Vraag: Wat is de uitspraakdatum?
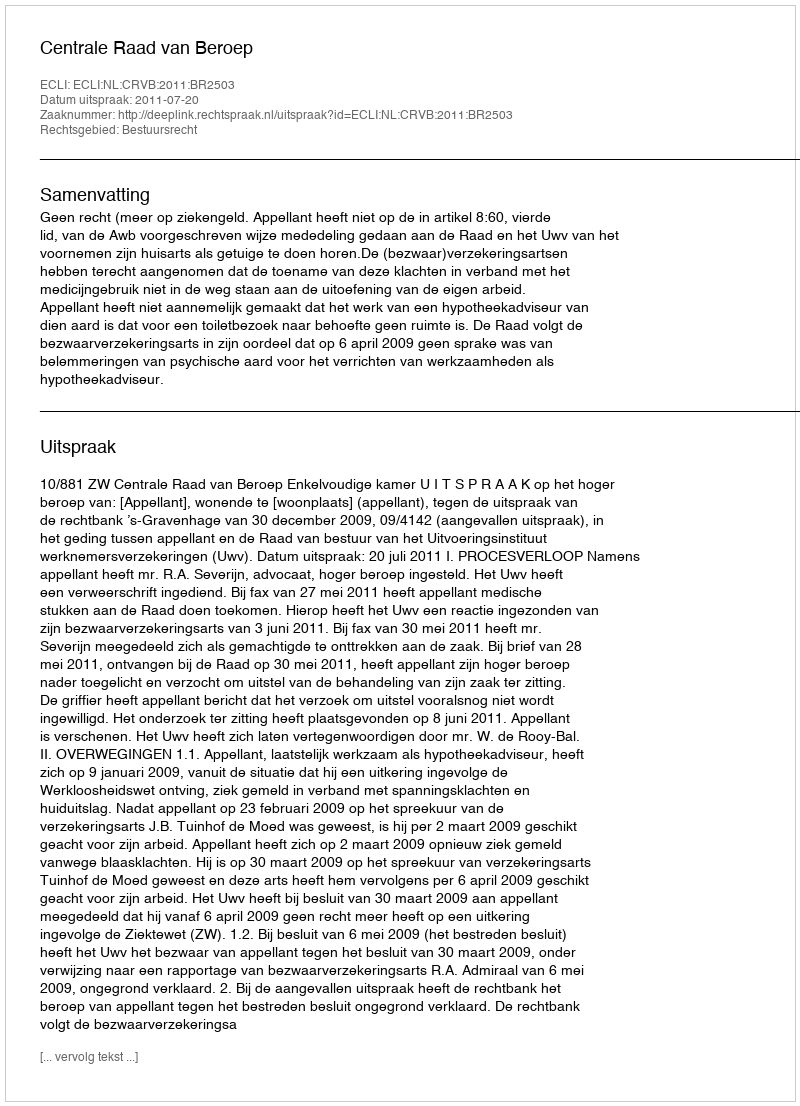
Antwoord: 2011-07-20